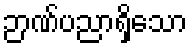
ဉာဏ်ပညာရှိသော